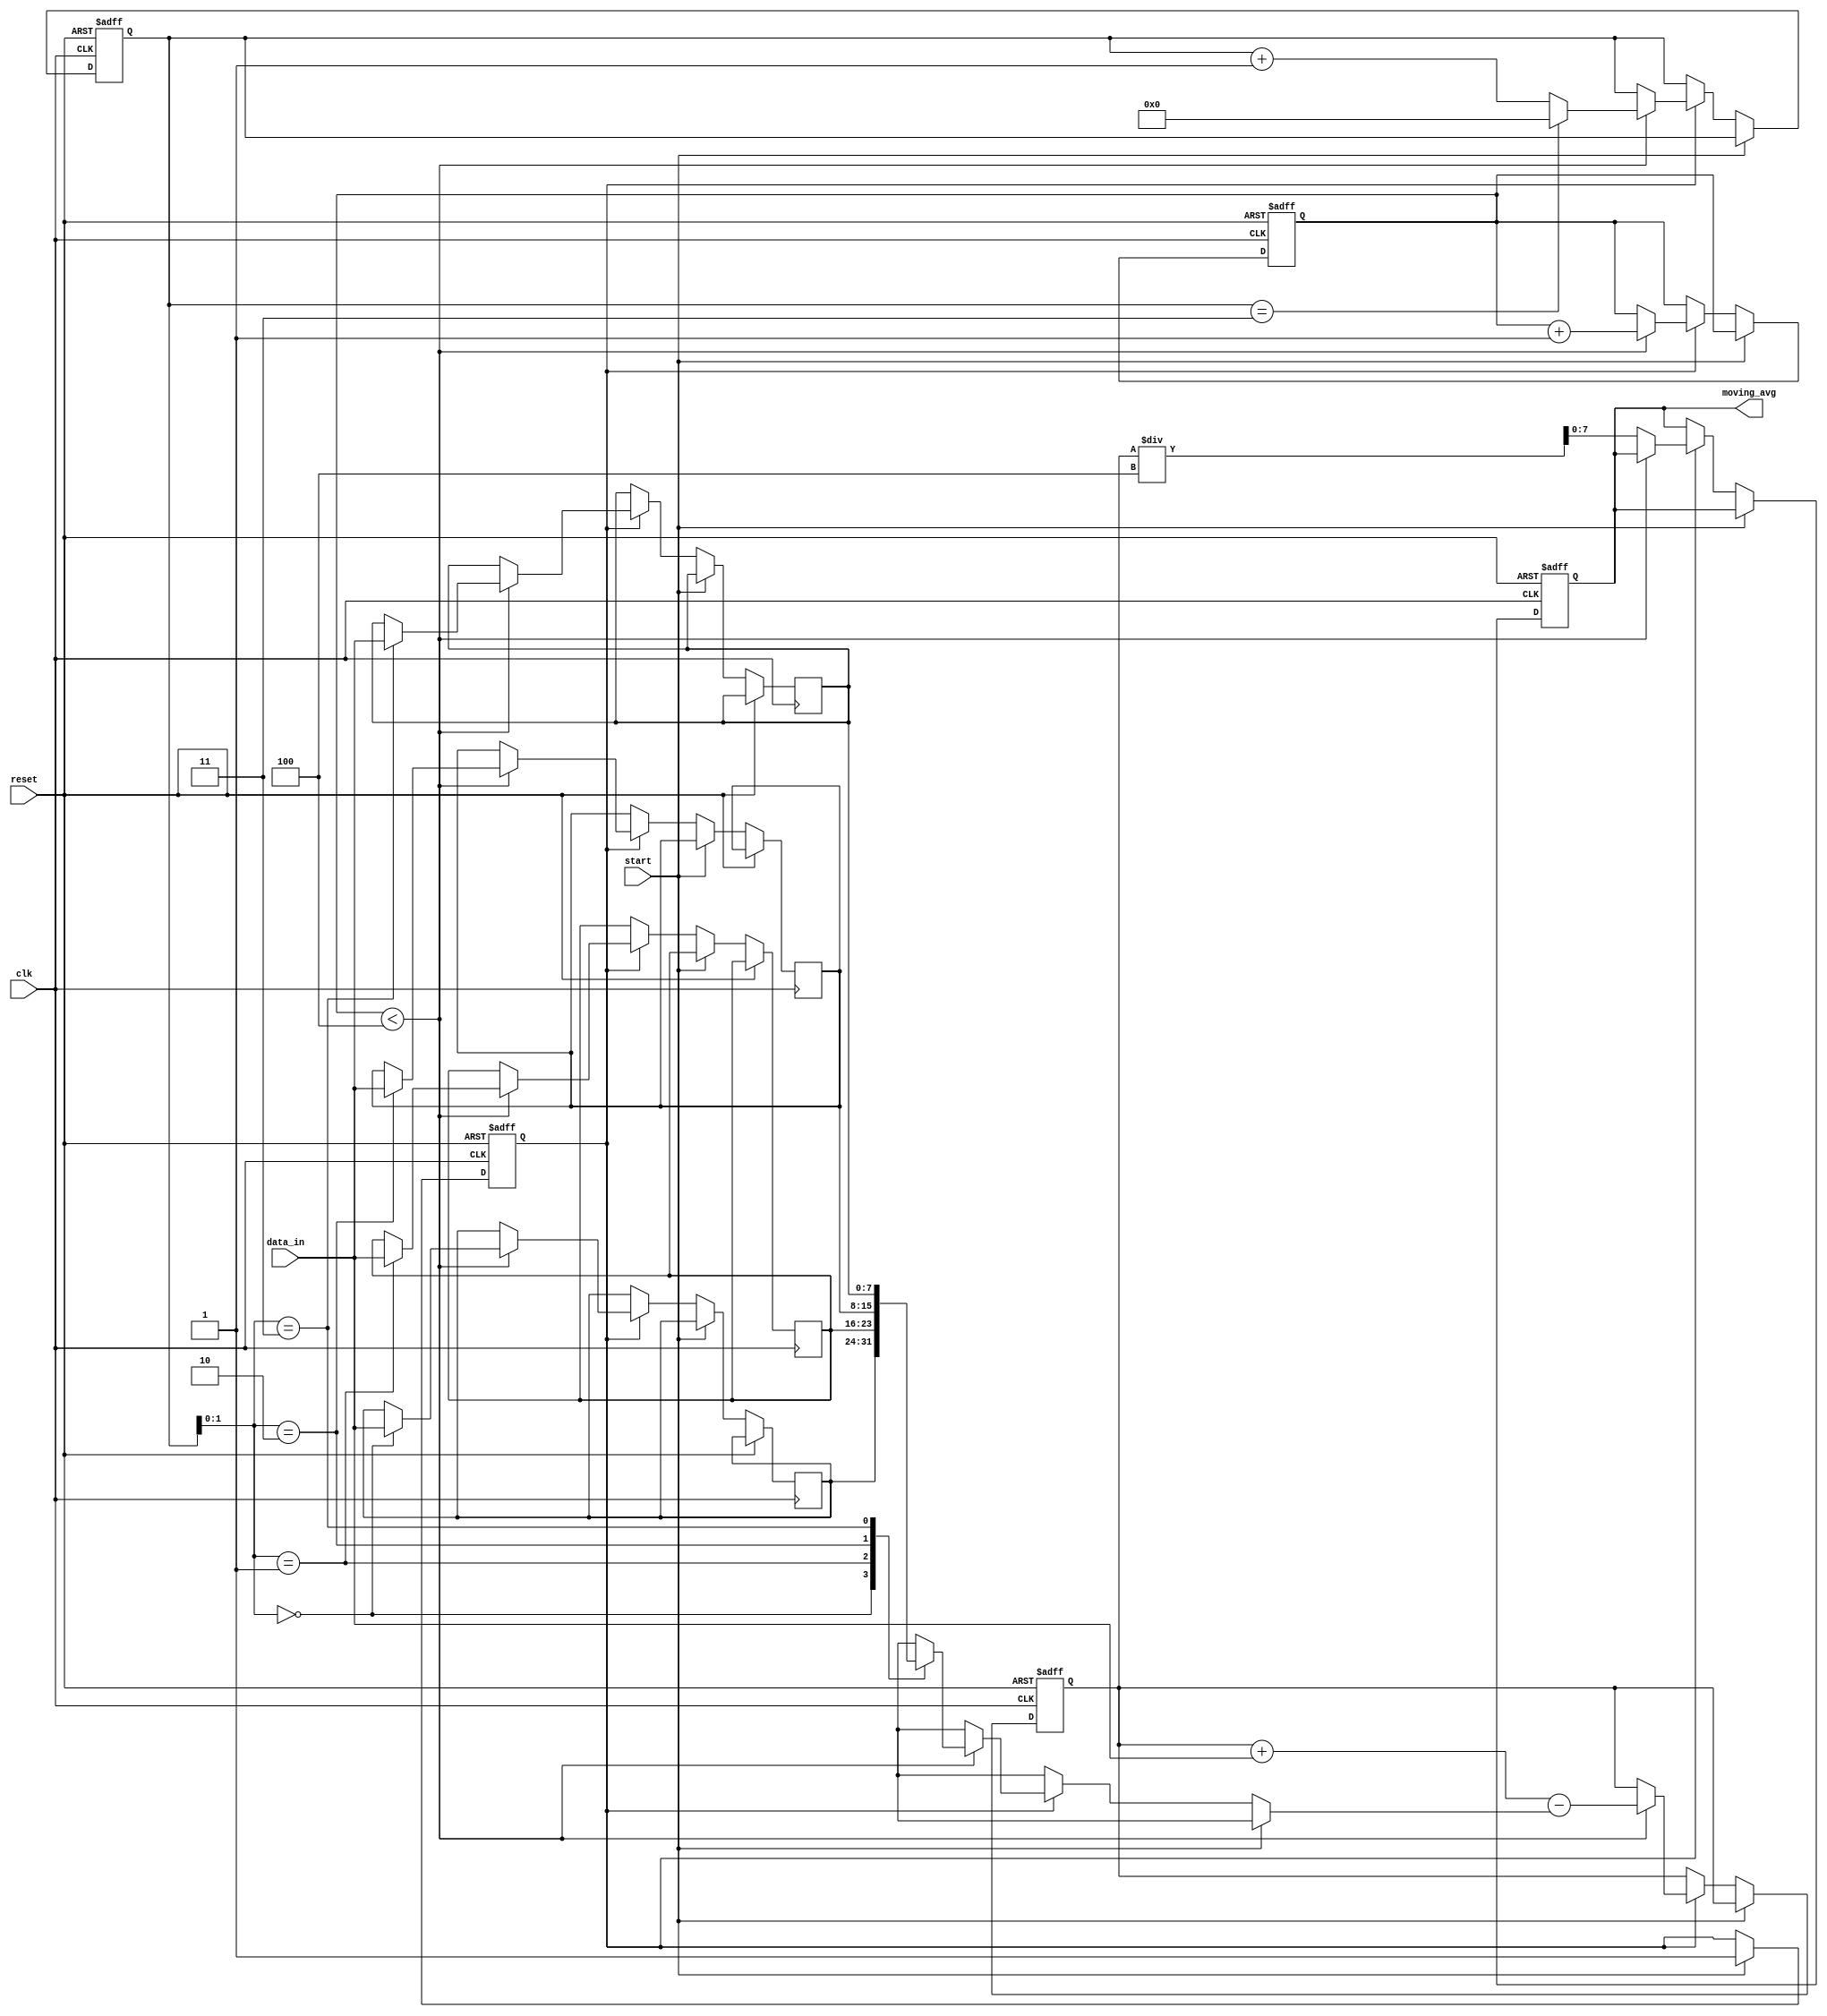
module moving_average_accumulator(
    input wire clk,
    input wire reset,
    input wire [7:0] data_in,
    input wire start,
    output reg [7:0] moving_avg
);

parameter WINDOW_SIZE = 4;

reg [7:0] data_window [0:WINDOW_SIZE-1];
reg [7:0] sum;
reg [3:0] window_ptr;
reg [3:0] sample_count;
reg ready;

always @(posedge clk or posedge reset) begin
    if (reset) begin
        sum <= 0;
        window_ptr <= 0;
        sample_count <= 0;
        ready <= 0;
        moving_avg <= 0;
    end else if (start) begin
        ready <= 1;
    end else begin
        if (ready) begin
            if (sample_count < WINDOW_SIZE) begin
                sum <= sum + data_in - data_window[window_ptr];
                data_window[window_ptr] <= data_in;
                window_ptr <= (window_ptr == WINDOW_SIZE-1) ? 0 : window_ptr + 1;
                sample_count <= sample_count + 1;
            end else begin
                moving_avg <= sum / WINDOW_SIZE;
            end
        end
    end
end

endmodule